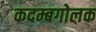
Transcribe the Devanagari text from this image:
कदम्बगोलक